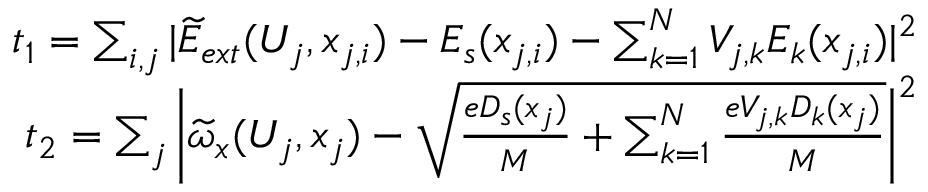
\begin{array} { r } { t _ { 1 } = \sum _ { i , j } ^ { } | \widetilde { E } _ { e x t } ( U _ { j } , x _ { j , i } ) - E _ { s } ( x _ { j , i } ) - \sum _ { k = 1 } ^ { N } V _ { j , k } E _ { k } ( x _ { j , i } ) | ^ { 2 } } \\ { t _ { 2 } = \sum _ { j } ^ { } \bigg | \widetilde { \omega } _ { x } ( U _ { j } , x _ { j } ) - \sqrt { \frac { e D _ { s } ( x _ { j } ) } { M } + \sum _ { k = 1 } ^ { N } \frac { e V _ { j , k } D _ { k } ( x _ { j } ) } { M } } \bigg | ^ { 2 } } \end{array}